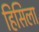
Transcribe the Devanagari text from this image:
हिसिला